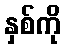
နှစ်ကို